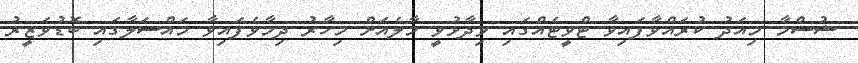
ޝުސްމާ މިއަދު ކުރައްވާފައިވާ ޓްވީޓެއްގައި ވިދާޅުވީ މާލެއަށް މިހާރު ދިމާވެފައިވާ މައްސަލާގައި ބޮޑުވަޒީރު